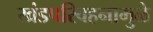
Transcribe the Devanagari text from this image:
खंडपरिवहनामुळे